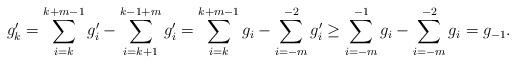
LaTeX: \begin{align*}g'_k=\sum_{i=k}^{k+m-1}g'_i -\sum_{i=k+1}^{k-1+m}g'_i= \sum_{i=k}^{k+m-1}g_i -\sum_{i=-m}^{-2}g'_i \ge \sum_{i=-m}^{-1}g_i-\sum_{i=-m}^{-2}g_i=g_{-1}. \end{align*}